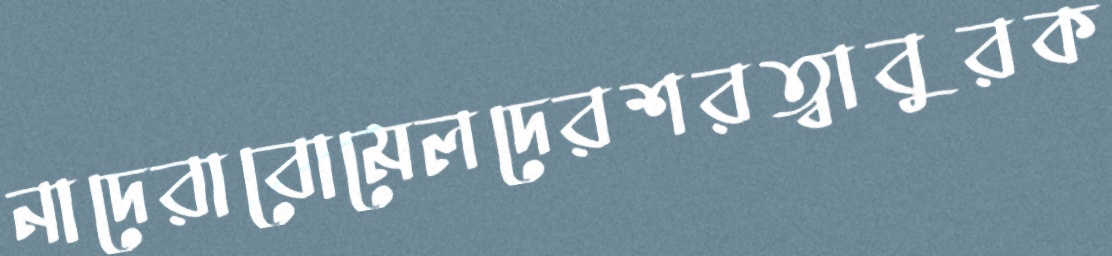
নাদেরাবোমেলদেরশরত্বাবুরক